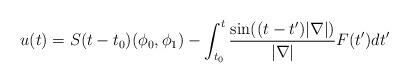
LaTeX: \begin{align*}u(t)=S(t-t_0)(\phi_0, \phi_1)-\int_{t_0}^t \frac{\sin ((t-t')|\nabla|)}{|\nabla|}F(t')dt'\end{align*}